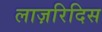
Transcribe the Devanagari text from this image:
लाज़रिदिस